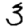
Digit: 3